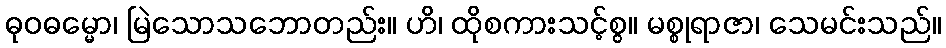
ဓုဝဓမ္မော၊ မြဲသောသဘောတည်း။ ဟိ၊ ထိုစကားသင့်စွ။ မစ္စုရာဇာ၊ သေမင်းသည်။